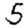
Digit: 5